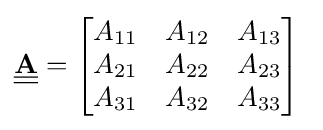
{\underline {\underline {\mathbf {A} }}}={\begin{bmatrix}A_{11}&A_{12}&A_{13}\\A_{21}&A_{22}&A_{23}\\A_{31}&A_{32}&A_{33}\end{bmatrix}}~